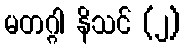
မတဂ္ဂါ နိသင် (၂)